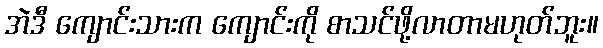
အဲဒီ ကျောင်းသားက ကျောင်းကို စာသင်ဖို့လာတာမဟုတ်ဘူး။